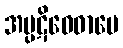
အပ္ပဋိဝေဓာပေ